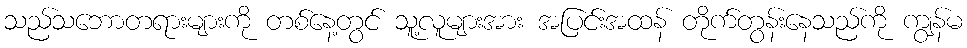
သည်သဘောတရားများကို တစ်နေ့တွင် သူ့လူများအား အပြင်းအထန် တိုက်တွန်းနေသည်ကို ကျွန်မ